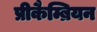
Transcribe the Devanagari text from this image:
प्रीकैम्ब्रियन